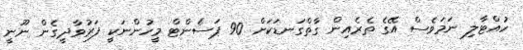
ހުއްޓާލި ނަމަވެސް އޭގެ ތެރެއިން ގާތްގަނޑަކަށް 90 ޕަސެންޓް މީހުންނަކީ ފަރުވާދީގެން ނޫނީ